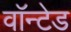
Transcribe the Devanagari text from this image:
वाॅन्टेड